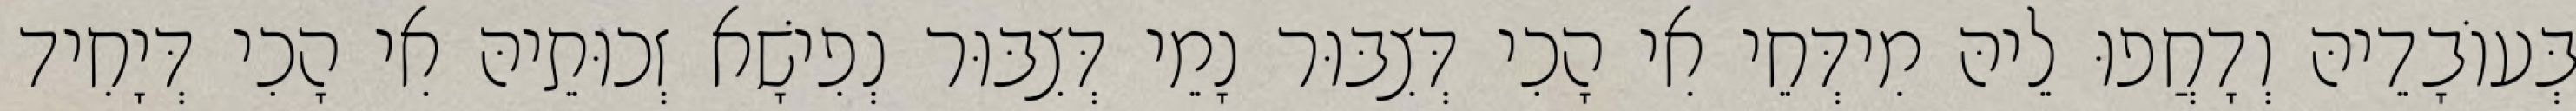
בְּעוֹבָדֵיהּ וְדָחֲפוּ לֵיהּ מִידְּחֵי אִי הָכִי דְּצִבּוּר נָמֵי דְּצִבּוּר נְפִישָׁא זְכוּתֵיהּ אִי הָכִי דְּיָחִיד